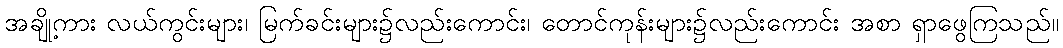
အချို့ကား လယ်ကွင်းများ၊ မြက်ခင်းများ၌လည်းကောင်း၊ တောင်ကုန်းများ၌လည်းကောင်း အစာ ရှာဖွေကြသည်။